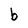
Character: b